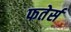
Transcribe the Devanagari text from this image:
फतेर्स